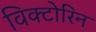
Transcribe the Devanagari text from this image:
विक्टोरिन